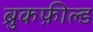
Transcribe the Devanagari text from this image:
ब्रुकफ़ील्ड